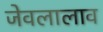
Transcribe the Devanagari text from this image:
जेवलालाव